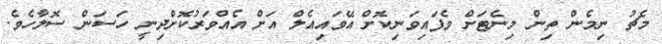
މެޗު ނިމެން ތިން މިނެޓަށް ވެފައިވަނިކޮށް އޭވައިއެލް އަށް އެއްވަރުކޮށްދިނީ ހަސަން ސޮލާހެވެ.